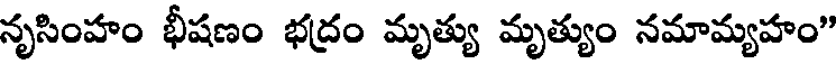
నృసింహం భీషణం భద్రం మృత్యు మృత్యుం నమామ్యహం"